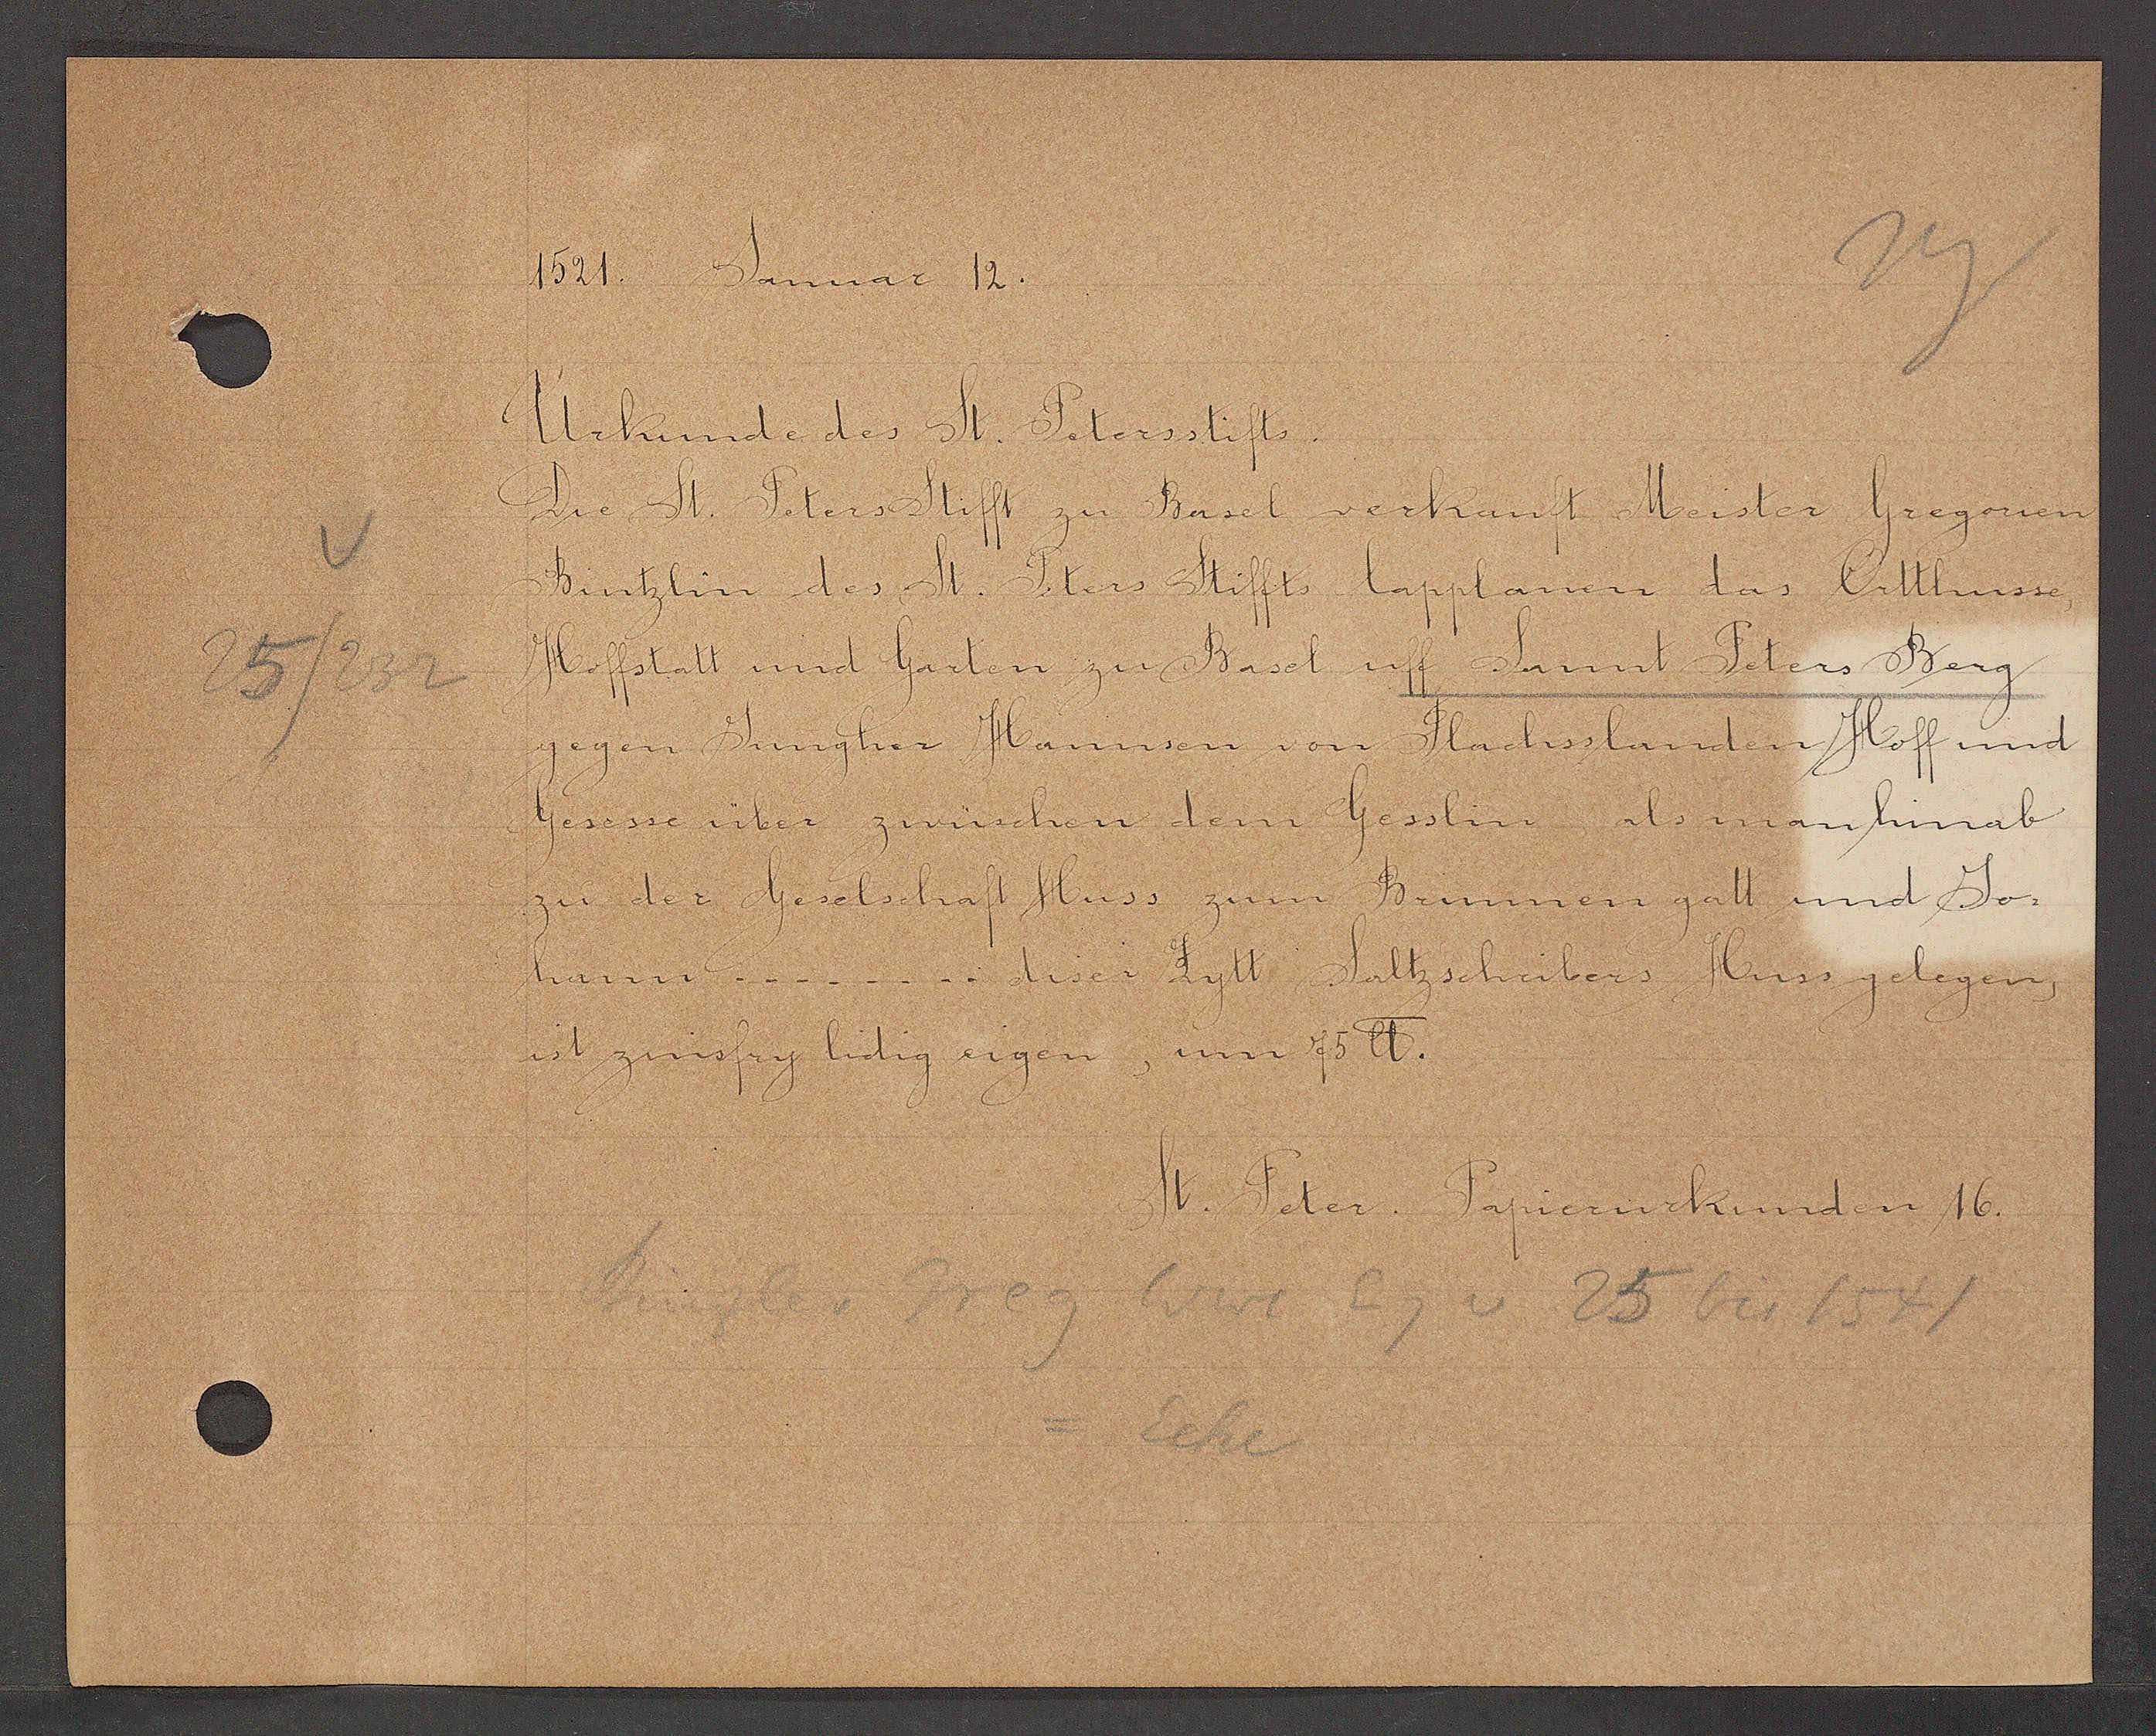
Transcript:
15/232

1521. Januar 12.

Urkunde des St. Petersstifts.
Die St. Peters Stifft zu Basel verkauft Meister Gregorien
Bintzlin des St. Peters Stiffts Capplanen das Ortthusse,
Hofstatt und Garten zur Basel uff Sannt Peters Berg
gegen Jungher Hannsen von Flachsslanden Hoff und
gesesse über zwüschen dem Gesslin als man hinab
zu der Geselschaft Huss zum Brrunnen gatt und Jo
hann........
diser Zytt Saltzschribers Huss gelegen,
ist zinsfry hidig eigen, um 75℔.

St. Peter. Papierurkunden 16.

Binzler Greg
Wwe Eig v 25 bis 1541
=Ecke